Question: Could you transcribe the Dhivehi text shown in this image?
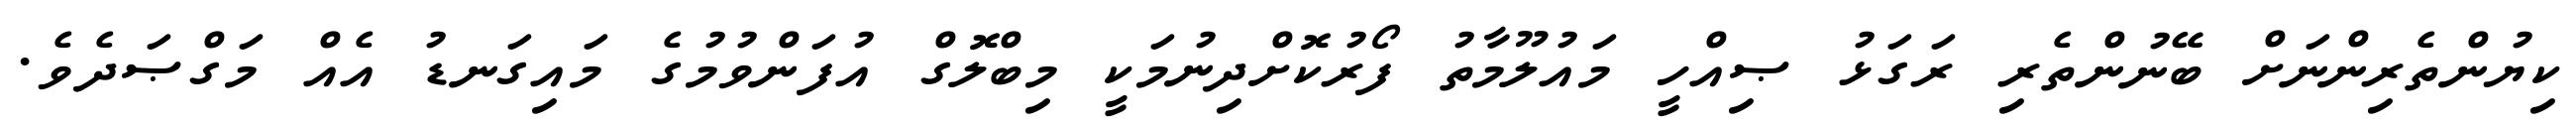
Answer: ކިޔުންތެރިންނަށް ބޭނުންތެރި ރަގަޅު ޞިއްހީ މައުލޫމާތު ފޯރުކޮށްދިނުމަކީ މިބްލޮގް އުފަންވުމުގެ މައިގަނޑު އެއް މަގްޞަދެވެ.